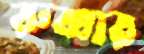
রুব্বার